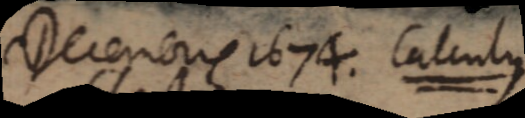
Decembris 1674. Calculus